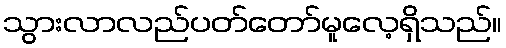
သွားလာလည်ပတ်တော်မူလေ့ရှိသည်။